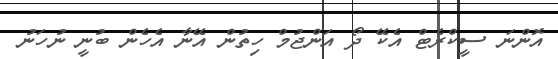
އޮންނަ ސީކްރެޓް އެކޭ ދޯ އަންޖުމް ހިތުން އޭނާ އެހެން ބުނީ ނުހަނު